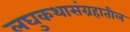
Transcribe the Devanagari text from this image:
लघुकथासंग्रहातील